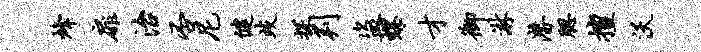
烽扉治否尼健歧探判盗螺才御淋潜腮擅沃